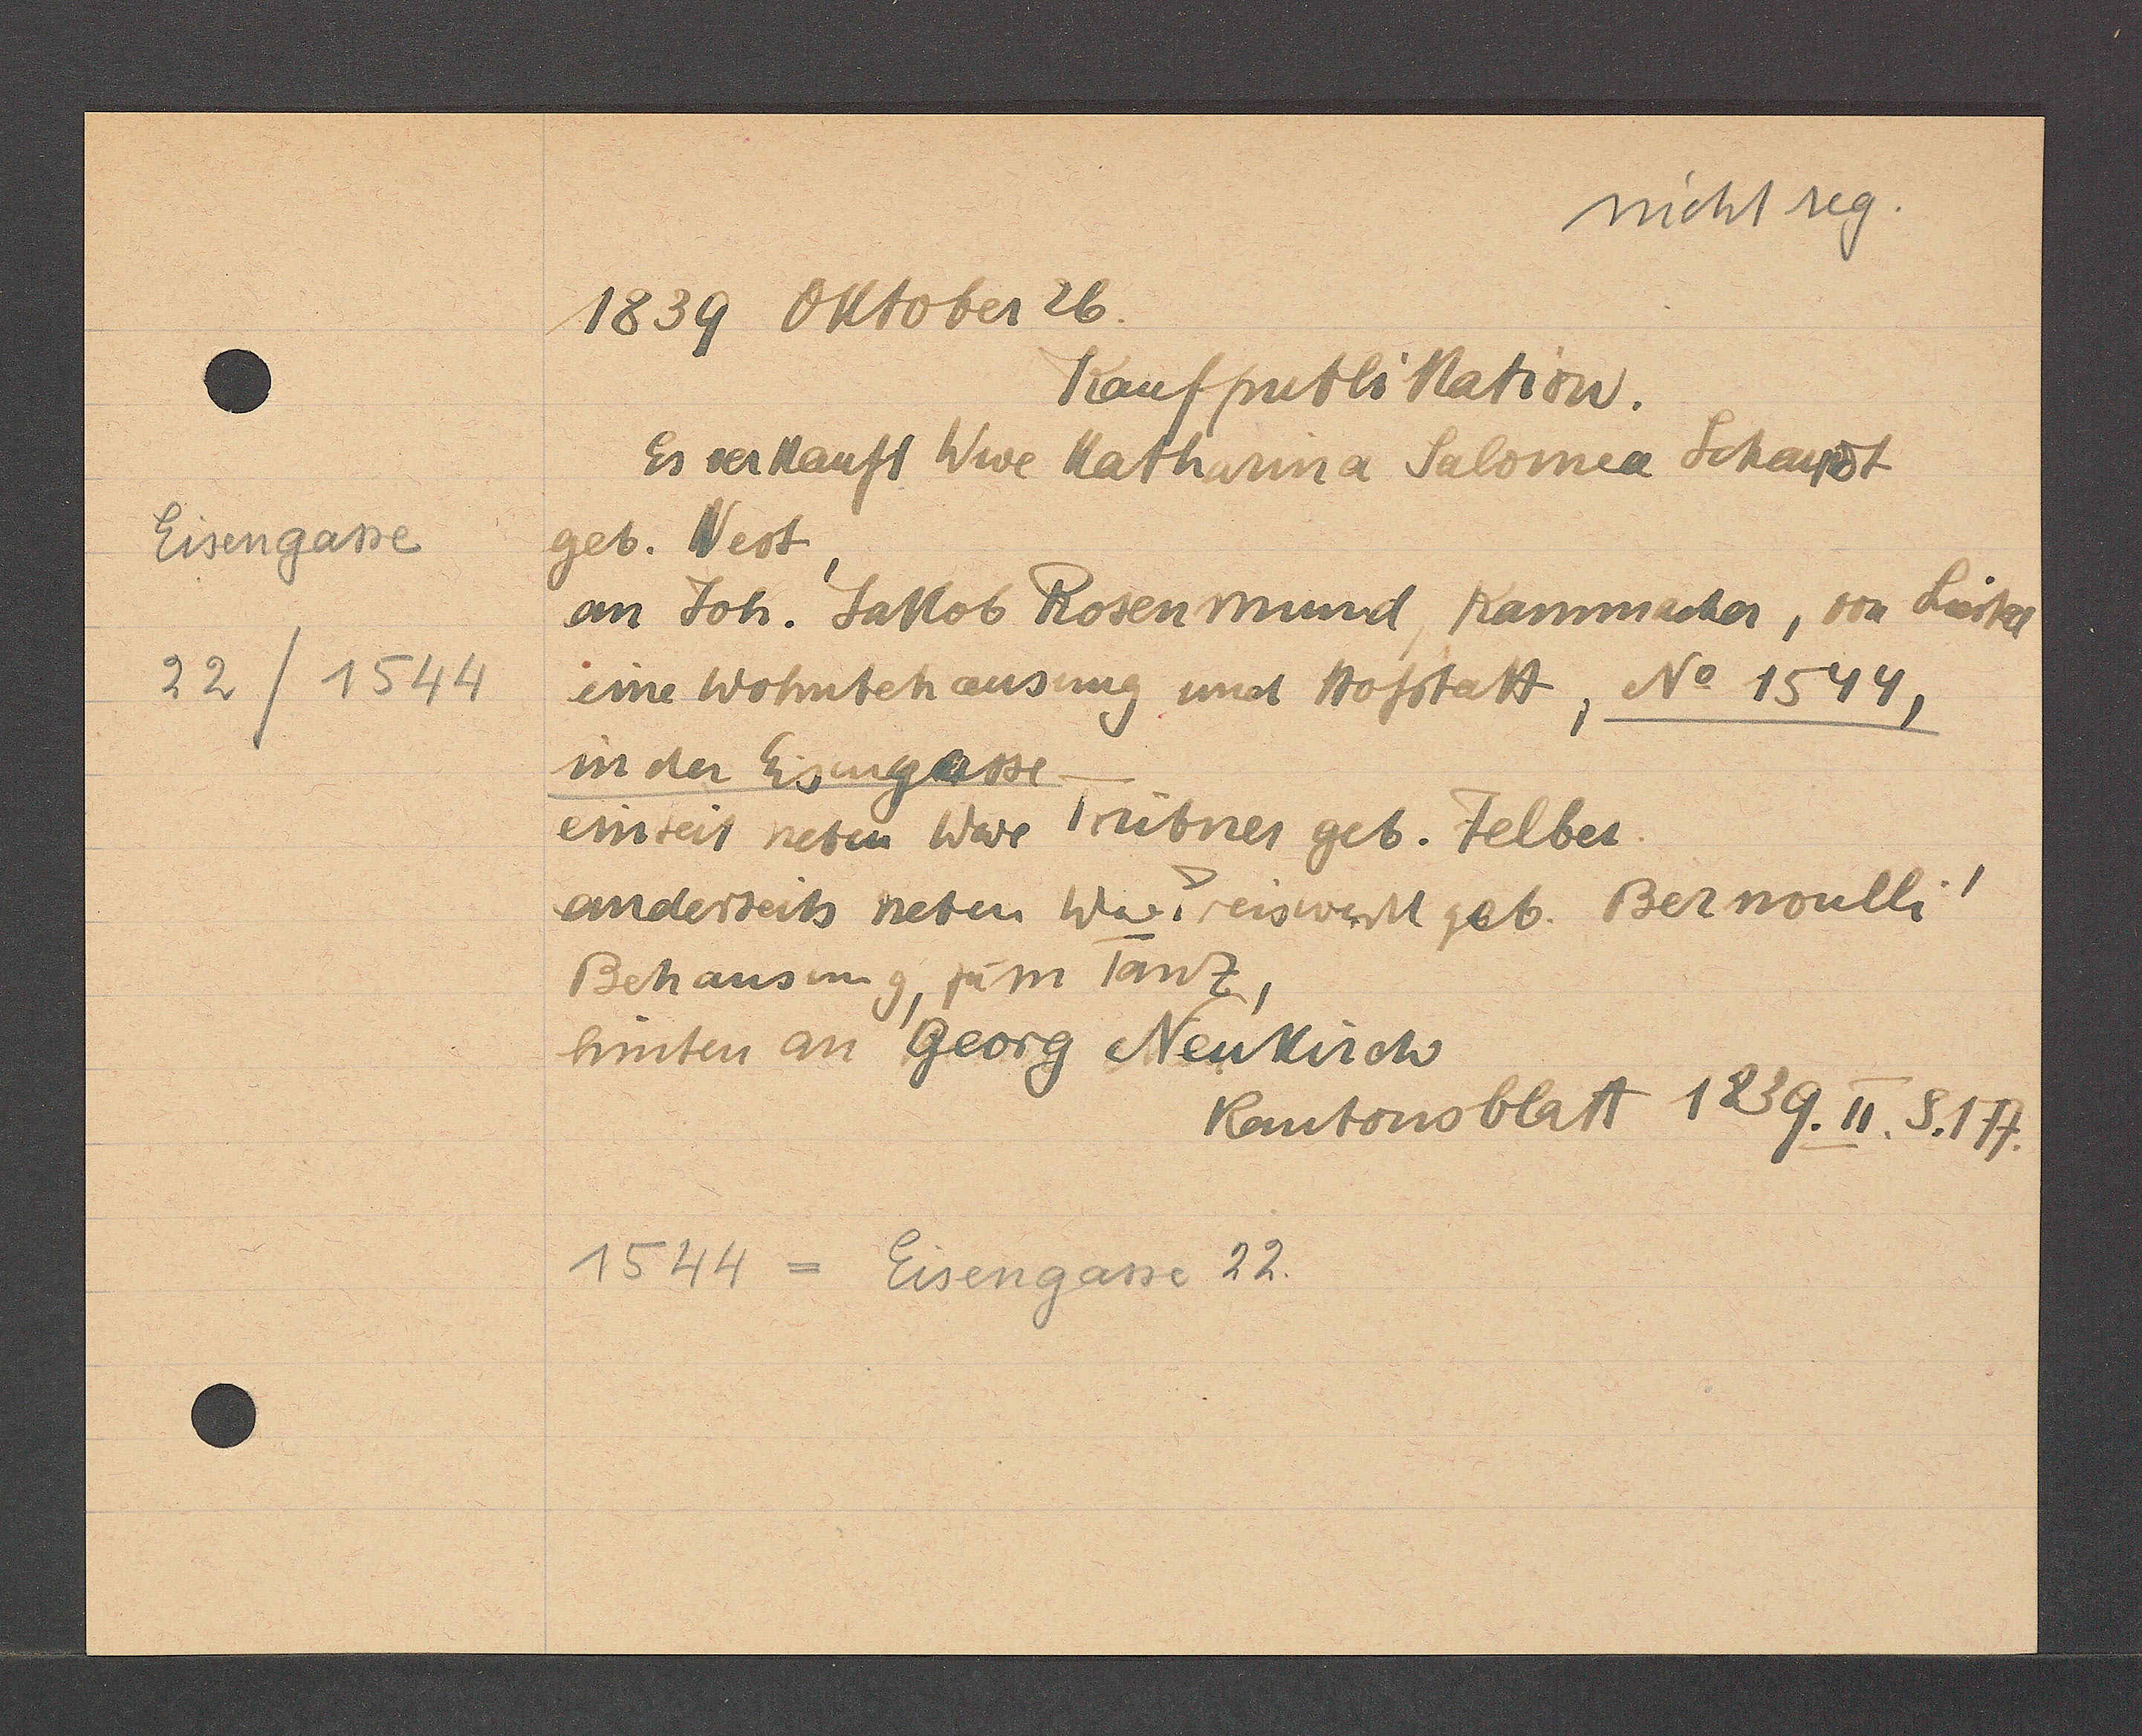
Transcript:
Eisengasse
22/1544

1839 Oktober 26.
Kaufpublikation.
Es verkauft Wwe Katharina Salomea Scharrdt
geb. West,
an Joh. Jakob Rosenmund kammacher, von Liestal
eine Wohnbehausung und hoftatt No 1544,
in der Eisengasse
einseit neben Wwe Trübner geb. Felber.
anderseits neben Ww. Preiswertt geb. Bernoulli
Behausung, zum Tanz,
hinten an Georg Neukirch
Kantonsblatt 1839.II.S.177.
1544 = Eisengasse 22.